Vaccine operations Central Provinces 1900-1911 - 1900-1911
Year: 1900
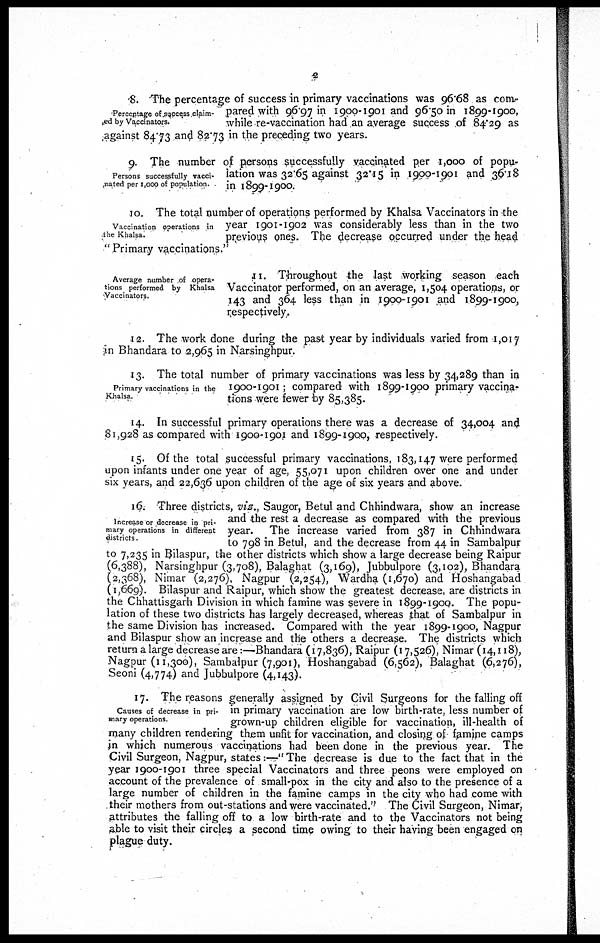
2
Percentage of success claim-
ed by Vaccinators.
8. The percentage of success in primary vaccinations was 96.68 as com¬
pared with 96.97 in 1900-1901 and 96.50 in 1899-1900,
while re-vaccination had an average success of 84.29 as
against 84.73 and 82.73 in the preceding two years.
P
e
r
s
o
n
s
s
u
c
c
e
s
s
f
u
l
l
y
v
a
c
c
¬
n
a
t
e
d
p
e
r
1
,
0
0
0
o
f
p
o
p
u
l
a
t
i
o
n
.
9. The number of persons successfully vaccinated per 1,000 of popu-
lation was 32.65 against 32.15 in 1900-1901 and 36.18
in 1899-1900.
Vaccination operations in
the Khalsa.
10. The total number of operations performed by Khalsa Vaccinators in the
year 1901-1902 was considerably less than in the two
previous ones. The decrease occurred under the head
" Primary vaccinations."
Average number of opera-
tions performed by Khalsa
Vaccinators.
11. Throughout the last working season each
Vaccinator performed, on an average, 1,504 operations, or
143 and 364 less than in 1900-1901 and 1899-1900,
respectively.
12. The work done during the past year by individuals varied from 1,017
in Bhandara to 2,965 in Narsinghpur.
Primary vaccinations in the
Khalsa.
13. The total number of primary vaccinations was less by 34,289 than in
1900-1901; compared with 1899-1900 primary vaccina-
tions were fewer by 85,385.
14. In successful primary operations there was a decrease of 34,004 and
81,928 as compared with 1900-1901 and 1899-1900, respectively.
15. Of the total successful primary vaccinations, 183,147 were performed
upon infants under one year of age, 55,071 upon children over one and under
six years, and 22,636 upon children of the age of six years and above.
Increase or decrease in pri-
mary operations in different
districts.
16. Three districts, viz., Saugor, Betul and Chhindwara, show an increase
and the rest a decrease as compared with the previous
year. The increase varied from 387 in Chhindwara
to 798 in Betul, and the decrease from 44 in Sambalpur
to 7,235 in Bilaspur, the other districts which show a large decrease being Raipur
(6,388), Narsinghpur (3,708), Balaghat (3,169), Jubbulpore (3,102), Bhandara
(2,368), Nimar (2,276), Nagpur (2,254), Wardha (1,670) and Hoshangabad
(1,669). Bilaspur and Raipur, which show the greatest decrease, are districts in
the Chhattisgarh Division in which famine was severe in 1899-1900. The popu-
lation of these two districts has largely decreased, whereas that of Sambalpur in
the same Division has increased. Compared with the year 1899-1900, Nagpur
and Bilaspur show an increase and the others a decrease. The districts which
return a large decrease are :—Bhandara (17,836), Raipur (17,526), Nimar (14,118),
Nagpur (11,300), Sambalpur (7,901), Hoshangabad (6,562), Balaghat (6,276),
Seoni (4,774) and Jubbulpore (4,143).
Causes of decrease in pri-
mary operations.
17. The reasons generally assigned by Civil Surgeons for the falling off
in primary vaccination are low birth-rate, less number of
grown-up children eligible for vaccination, ill-health of
many children rendering them unfit for vaccination, and closing of famine camps
in which numerous vaccinations had been done in the previous year. The
Civil Surgeon, Nagpur, states:—" The decrease is due to the fact that in the
year 1900-1901 three special Vaccinators and three peons were employed on
account of the prevalence of small-pox in the city and also to the presence of a
large number of children in the famine camps in the city who had come with
their mothers from out-stations and were vaccinated." The Civil Surgeon, Nimar,
attributes the falling off to a low birth-rate and to the Vaccinators not being
able to visit their circles a second time owing to their having been engaged on
plague duty.